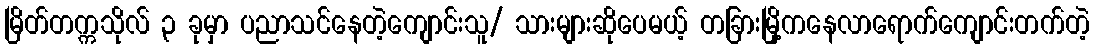
မြိတ်တက္ကသိုလ် ၃ ခုမှာ ပညာသင်နေတဲ့ကျောင်းသူ/ သားများဆိုပေမယ့် တခြားမြို့ကနေလာရောက်ကျောင်းတက်တဲ့